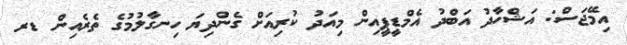
އިމޭޖަސް: އަޝްހާދު އަބްދު އެމްޑީޕީއިން މިއަދު ކުރިއަށް ގެންދިޔަ ހިނގާލުމުގެ ތެރެއިން ޑރ